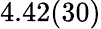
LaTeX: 4.42(30)